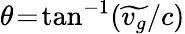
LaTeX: \theta\! =\! \mathrm{tan}^{-1}(\widetilde{v_{g}}/c)